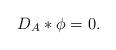
LaTeX: \begin{align*}D_A*\phi=0.\end{align*}